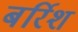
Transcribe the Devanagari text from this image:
बर्रिश